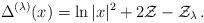
LaTeX: \begin{align*} \Delta^{(\lambda)}(x) = \ln|x|^2 + 2\mathcal{Z} - \mathcal{Z}_\lambda \,.\end{align*}